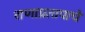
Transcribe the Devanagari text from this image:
राणाप्रतापाचे